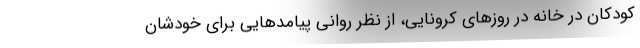
کودکان در خانه در روزهای کرونایی، از نظر روانی پیامدهایی برای خودشان